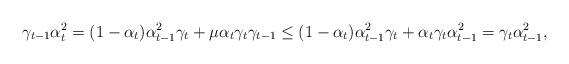
LaTeX: \begin{align*}\gamma_{t-1}\alpha_t^2=(1-\alpha_t)\alpha_{t-1}^2\gamma_t+\mu\alpha_t\gamma_t\gamma_{t-1}\leq(1-\alpha_t)\alpha_{t-1}^2\gamma_t+\alpha_t\gamma_t\alpha_{t-1}^2=\gamma_t\alpha_{t-1}^2,\end{align*}